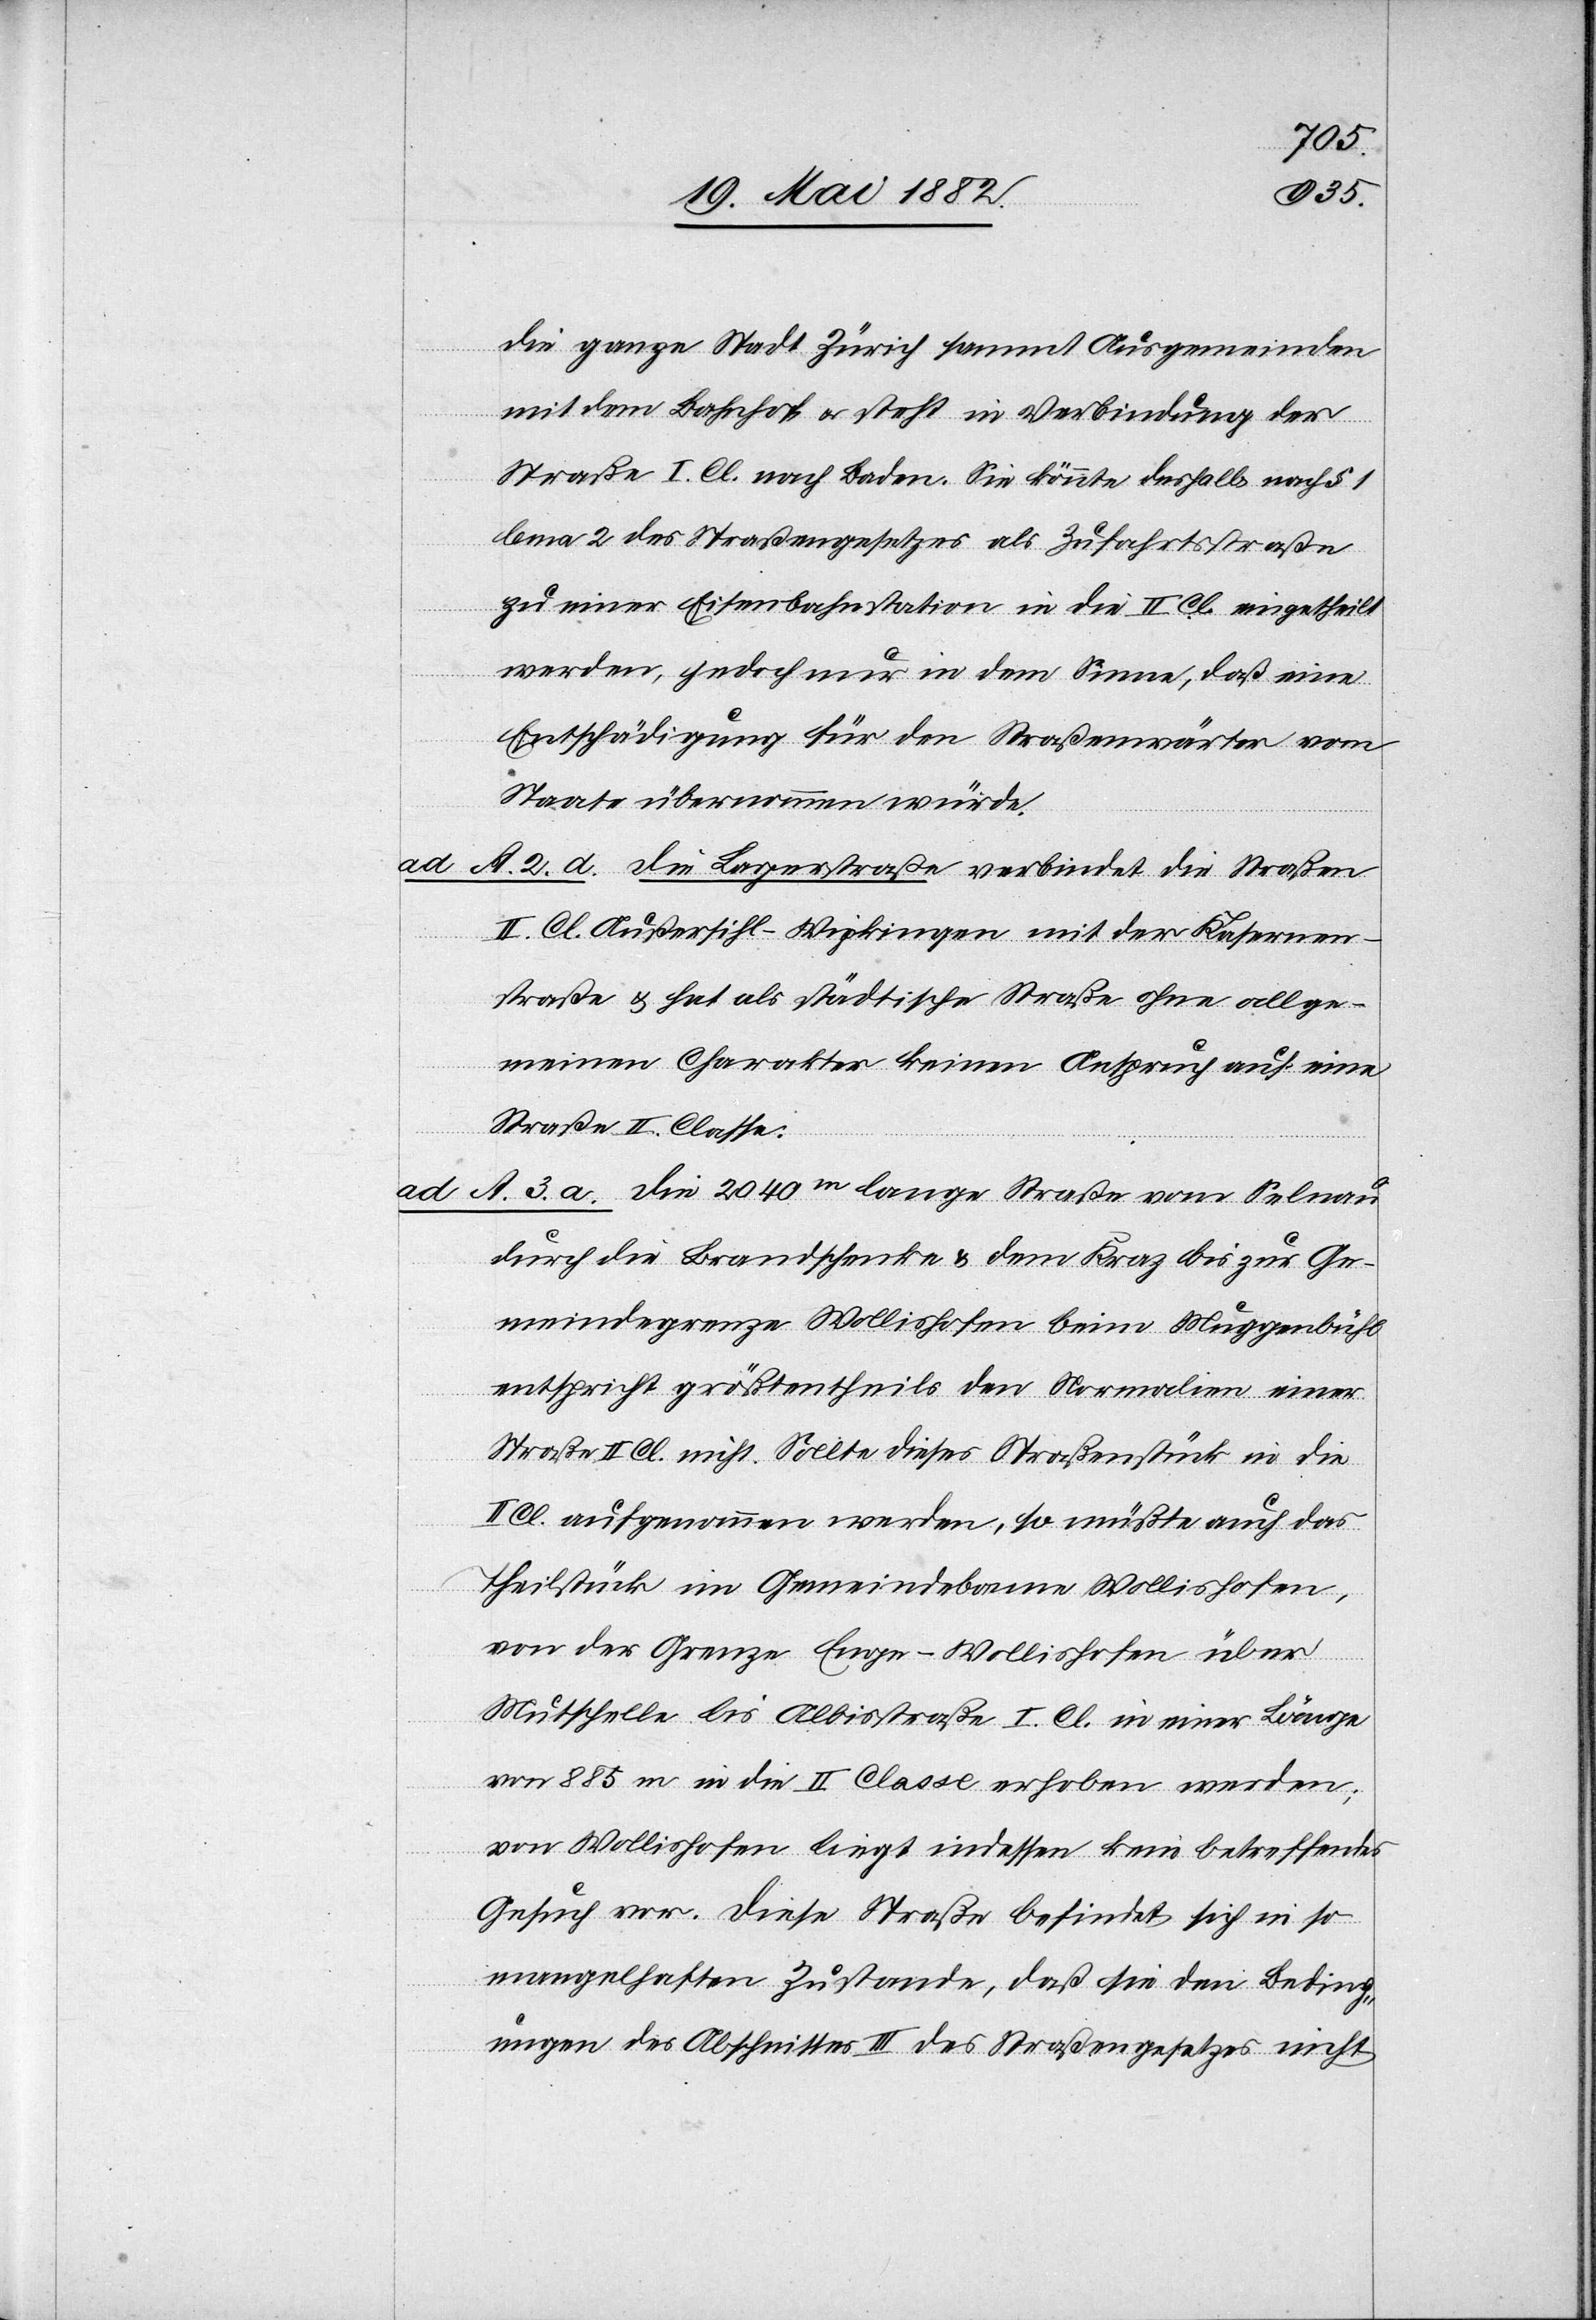
der
die ganze Stadt Zürich sammt Ausgemeinden
mit dem Bahnhof u. steht in Verbindung [m¬
Straße I. Cl. nach Baden. Sie könnte deshalb nach § 1
lemma 2 des Straßengesetzes als Zufahrtsstraße
zu einer Eisenbahnstation in die II. Cl. eingetheilt
werden, jedoch nur in dem Sinne, daß eine
Entschädigung für den Straßenwärter vom
Staate übernommen würde.
ad A. 2. d. Die Lagerstraße verbindet die Straßen
II. Cl. Außersihl–Wipkingen mit der Kasernen¬
straße & hat als städtische Straße ohne allge¬
meinen Charakter keinen Anspruch auf eine
Straße II. Classe.
ad A. 3. a. Die 2040m lange Straße vom Selnau
durch die Brandschenke & dem [sic!] Kratz bis zur Ge¬
meindegrenze Wollishofen beim Muggenbühl
entspricht größtentheils den Normalien einer
Straße II. Cl. nicht. Sollte dieses Straßenstück in die
II. Cl. aufgenommen werden, so müßte auch das
it]
Theilstück im Gemeindebann Wollishofen,
von der Grenze Enge–Wollishofen über
Mutschelle bis Albisstraße I. Cl. in einer Länge
von 885 m in die II. Classe erhoben werden,
von Wollishofen liegt indessen kein betreffendes
Gesuch vor. Diese Straße befindet sich in so
mangelhaften [sic!] Zustande, daß sie den Beding¬
ungen des Abschnittes III des Straßengesetzes nicht